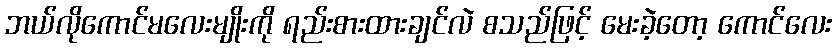
ဘယ်လိုကောင်မလေးမျိုးကို ရည်းစားထားချင်လဲ စသည်ဖြင့် မေးခဲ့တော့ ကောင်လေး